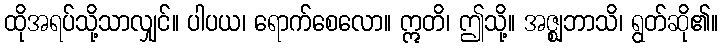
ထိုအရပ်သို့သာလျှင်။ ပါပယ၊ ရောက်စေလော။ ဣတိ၊ ဤသို့။ အဇ္ဈဘာသိ၊ ရွတ်ဆို၏။